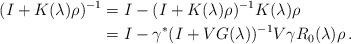
LaTeX: \begin{align*}(I+K(\lambda)\rho)^{-1}&=I-(I+K(\lambda)\rho)^{-1}K(\lambda)\rho\\&=I-\gamma^*(I+VG(\lambda))^{-1} V\gamma R_0(\lambda)\rho\,.\end{align*}